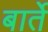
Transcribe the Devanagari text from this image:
बार्ते